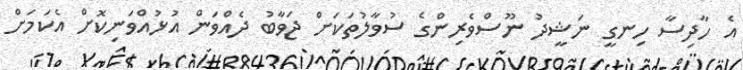
އެ ހާދިސާ ހިނގީ ނަޝީދު ނޫސްވެރިންގެ ސުވާލުތަކަށް ޖަވާބު ދެއްވަން އުޅުއްވަނިކޮށް އެކަމަށް